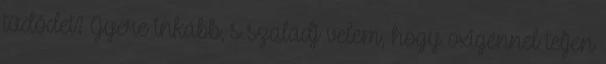
tüdődet? Gyere inkább, s szaladj velem, hogy oxigénnel teljen